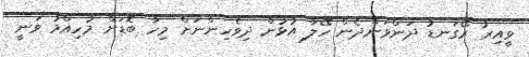
ވީއިރު ރޭގަނޑު ދަންވަންދެން ހޭލާ އުޅުން ދިވެހިންނަށް މިހާ ބޮޑަށް މުހިއްމު ވަނީ